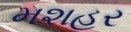
મશહૂર